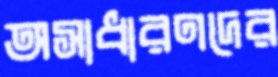
অসাধারণদের